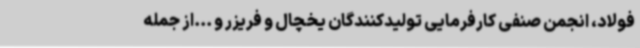
فولاد، انجمن صنفی کارفرمایی تولیدکنندگان یخچال و فریزر و ...از جمله